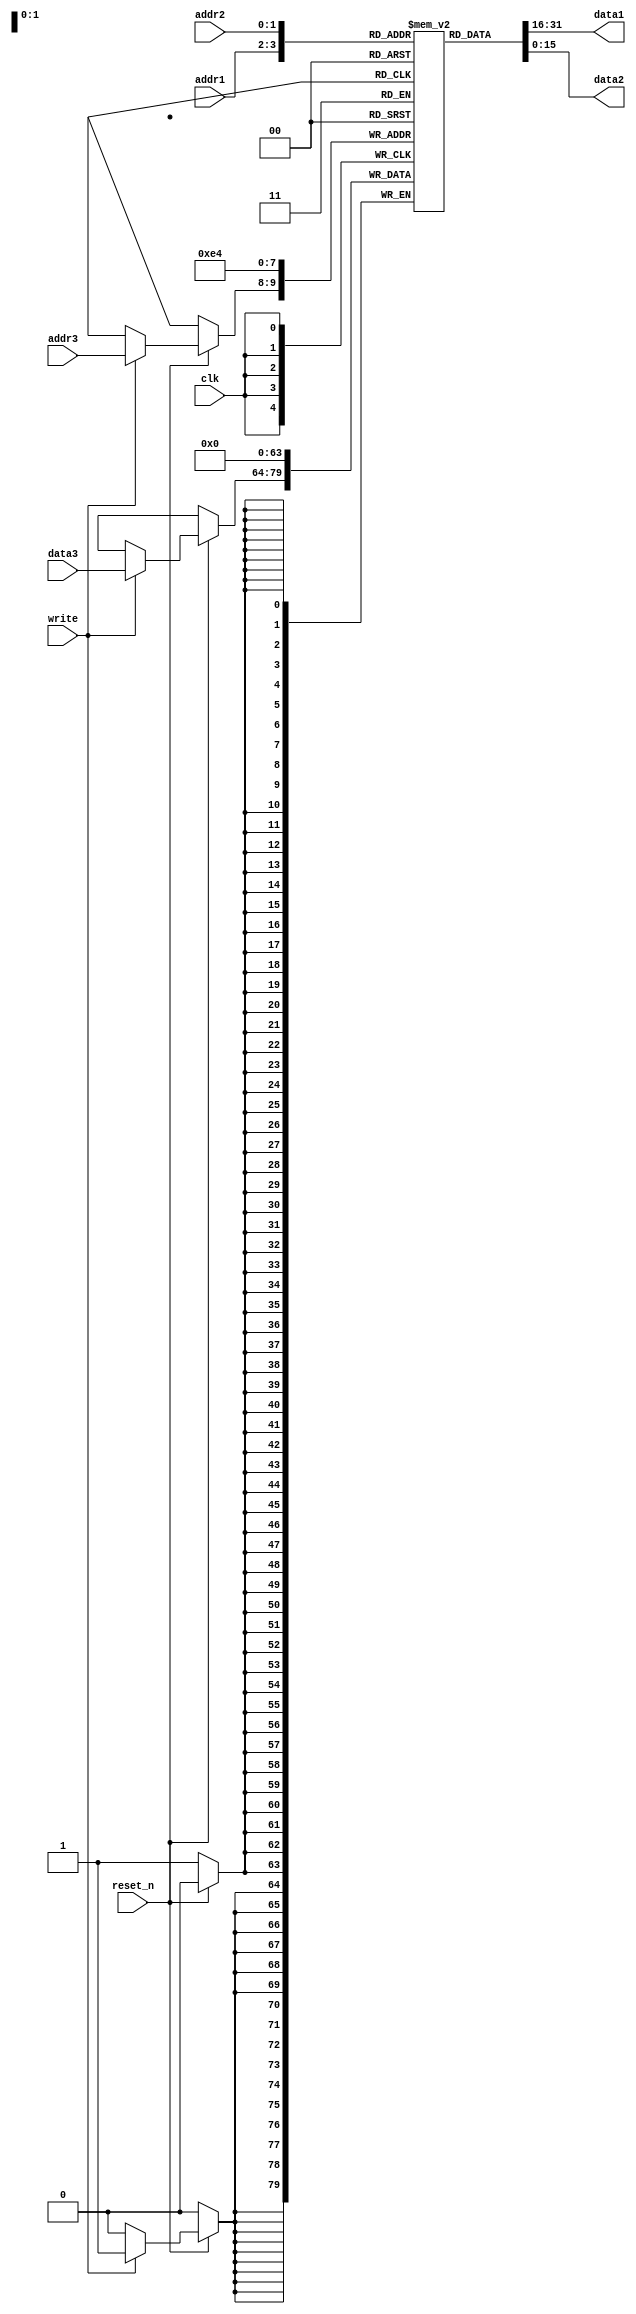
`timescale 1ns / 1ps


module RF(
    input write,
    input clk,
    input reset_n,
    input [1:0] addr1,
    input [1:0] addr2,
    input [1:0] addr3,
    output reg [15 : 0] data1,
    output reg [15 : 0] data2,
    input [15 : 0] data3
    );
    
    reg [15 : 0] register [3 : 0];
    
    integer index;
    
    // combinational logic
    always @ (*)
    begin
        data1 = register[addr1];
        data2 = register[addr2];
    end
    
    // sequential logic
    always @ (posedge clk)
    begin
        // reset all values of regiser to 0
        if (!reset_n) for (index = 0; index < 4; index = index + 1) register[index] <= 0;
        // write if only write is 1
        else if (write) register[addr3] <= data3;
    end
endmodule